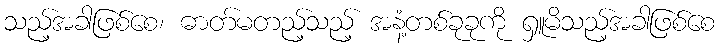
သည့်အခါဖြစ်စေ၊ ဓာတ်မတည့်သည့် အနံ့တစ်ခုခုကို ရှူမိသည့်အခါဖြစ်စေ